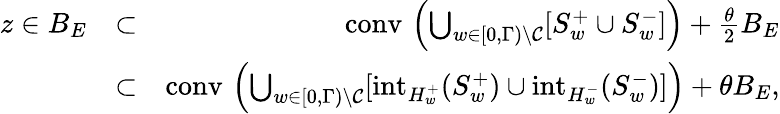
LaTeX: \begin{array}{rlr}{\textstyle z\in B_{E}}&{\subset}&{\textstyle{\mathrm{conv}}\, \left(\bigcup_{w\in[0,\Gamma)\setminus\mathcal{C}}[S_{w}^{+}\cup S_{w}^{-}]\right)+\frac\theta 2B_{E}}\\ &{\subset}&{\textstyle{\mathrm{conv}}\, \left(\bigcup_{w\in[0,\Gamma)\setminus\mathcal{C}}[\mathrm{int}_{H_{w}^{+}}(S_{w}^{+})\cup\mathrm{int}_{H_{w}^{-}}(S_{w}^{-})]\right)+\theta B_{E},}\end{array}